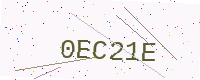
Text: 0EC21E